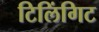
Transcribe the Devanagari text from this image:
टिलिंगिट